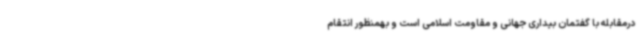
درمقابله با گفتمان بیداری جهانی و مقاومت اسلامی است و بهمنظور انتقام